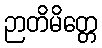
ဉာတိမိတ္တေ